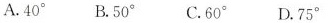
A.40° B.50° C.60° D.75°